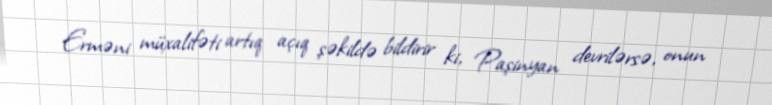
Erməni müxalifəti artıq açıq şəkildə bildirir ki, Paşinyan devrilərsə, onun